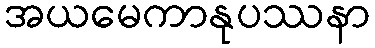
အယမေကာနုပဿနာ